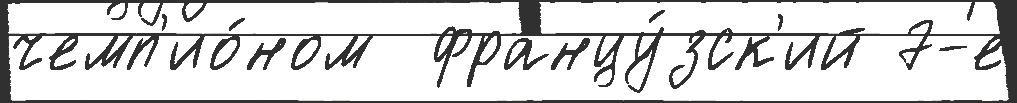
чемп'ио́ном  францу́зск'ий 7-е